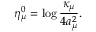
\eta _ { \mu } ^ { 0 } = \log \frac { \kappa _ { \mu } } { 4 a _ { \mu } ^ { 2 } } .